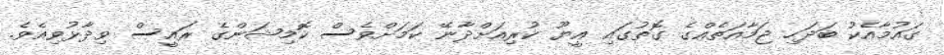
ގައުމާއެކު ބަދަހި ޖަމާއަތެއްގެ ގޮތުގައި އީޔޫ ކުރިއަށްދާނޭ ކަމަށްވެސް ކޮމިޝަންގެ ރައީސް ވިދާޅުވިއެވެ.